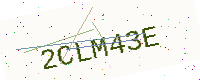
Text: 2CLM43E